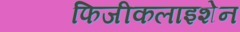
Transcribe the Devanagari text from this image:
फिजीकलाइशेन